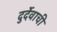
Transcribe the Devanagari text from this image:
दुर्देवाची